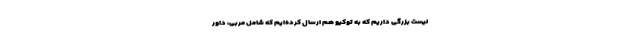
لیست بزرگی داریم که به توکیو هم ارسال کرده‌ایم که شامل مربی، داور